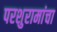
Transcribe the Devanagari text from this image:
परशुरामांचा